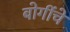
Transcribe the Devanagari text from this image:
बोगींचे